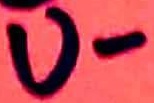
Text: U-